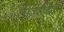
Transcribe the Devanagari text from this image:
लोज़ानिक